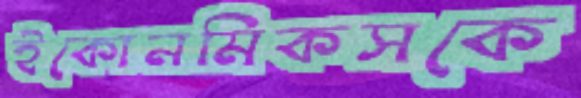
ইকোনমিকসকে